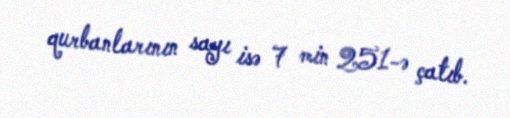
qurbanlarının sayı isə 7 min 251-ə çatıb.